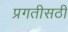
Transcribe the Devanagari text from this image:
प्रगतीसठी